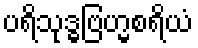
ပရိသုဒ္ဓဗြဟ္မစရိယံ